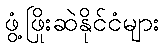
ဖွံ့ဖြိုးဆဲနိုင်ငံများ